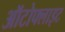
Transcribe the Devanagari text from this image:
ऑटोफ्लाइट